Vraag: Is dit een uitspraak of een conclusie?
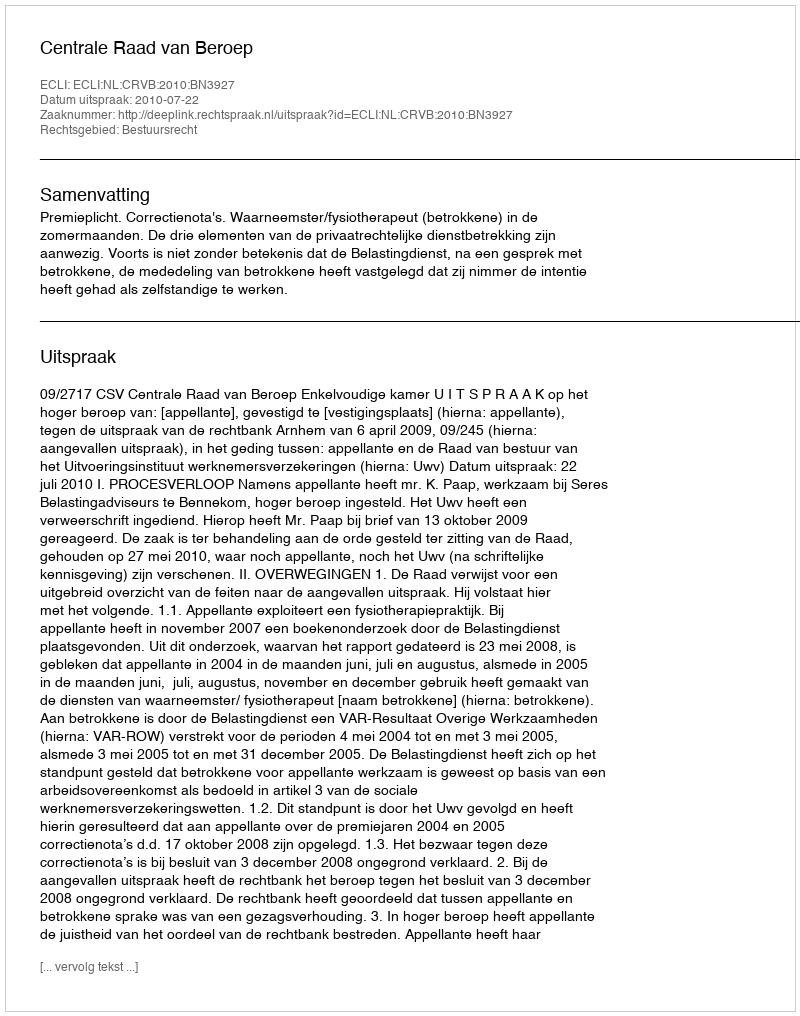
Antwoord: Uitspraak